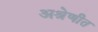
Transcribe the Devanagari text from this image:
अश्रेणीत